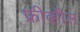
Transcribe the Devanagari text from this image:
फ्रीव्हील